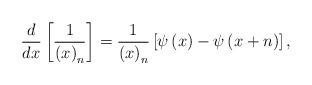
LaTeX: \begin{align*}\frac{d}{dx}\left[ \frac{1}{\left( x\right) _{n}}\right] =\frac{1}{\left(x\right) _{n}}\left[ \psi \left( x\right) -\psi \left( x+n\right) \right] ,\end{align*}